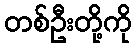
တစ်ဦးတို့ကို